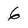
Character: 6